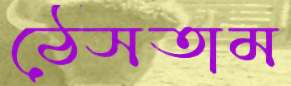
ঠেসতাম